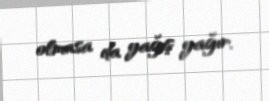
olmasa da yağış yağır.